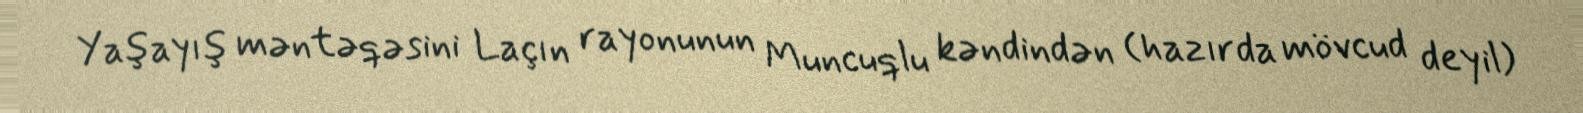
Yaşayış məntəqəsini Laçın rayonunun Muncuqlu kəndindən (hazırda mövcud deyil)